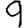
Digit: 9